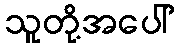
သူတို့အပေါ်